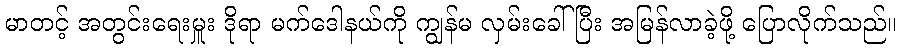
မာတင့် အတွင်းရေးမှူး ဒိုရာ မက်ဒေါနယ်ကို ကျွန်မ လှမ်းခေါ်ပြီး အမြန်လာခဲ့ဖို့ ပြောလိုက်သည်။